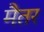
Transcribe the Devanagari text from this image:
मैतर